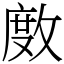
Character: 𢾅